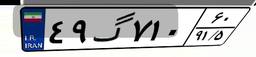
۴۹گ۷۱۰۶۰